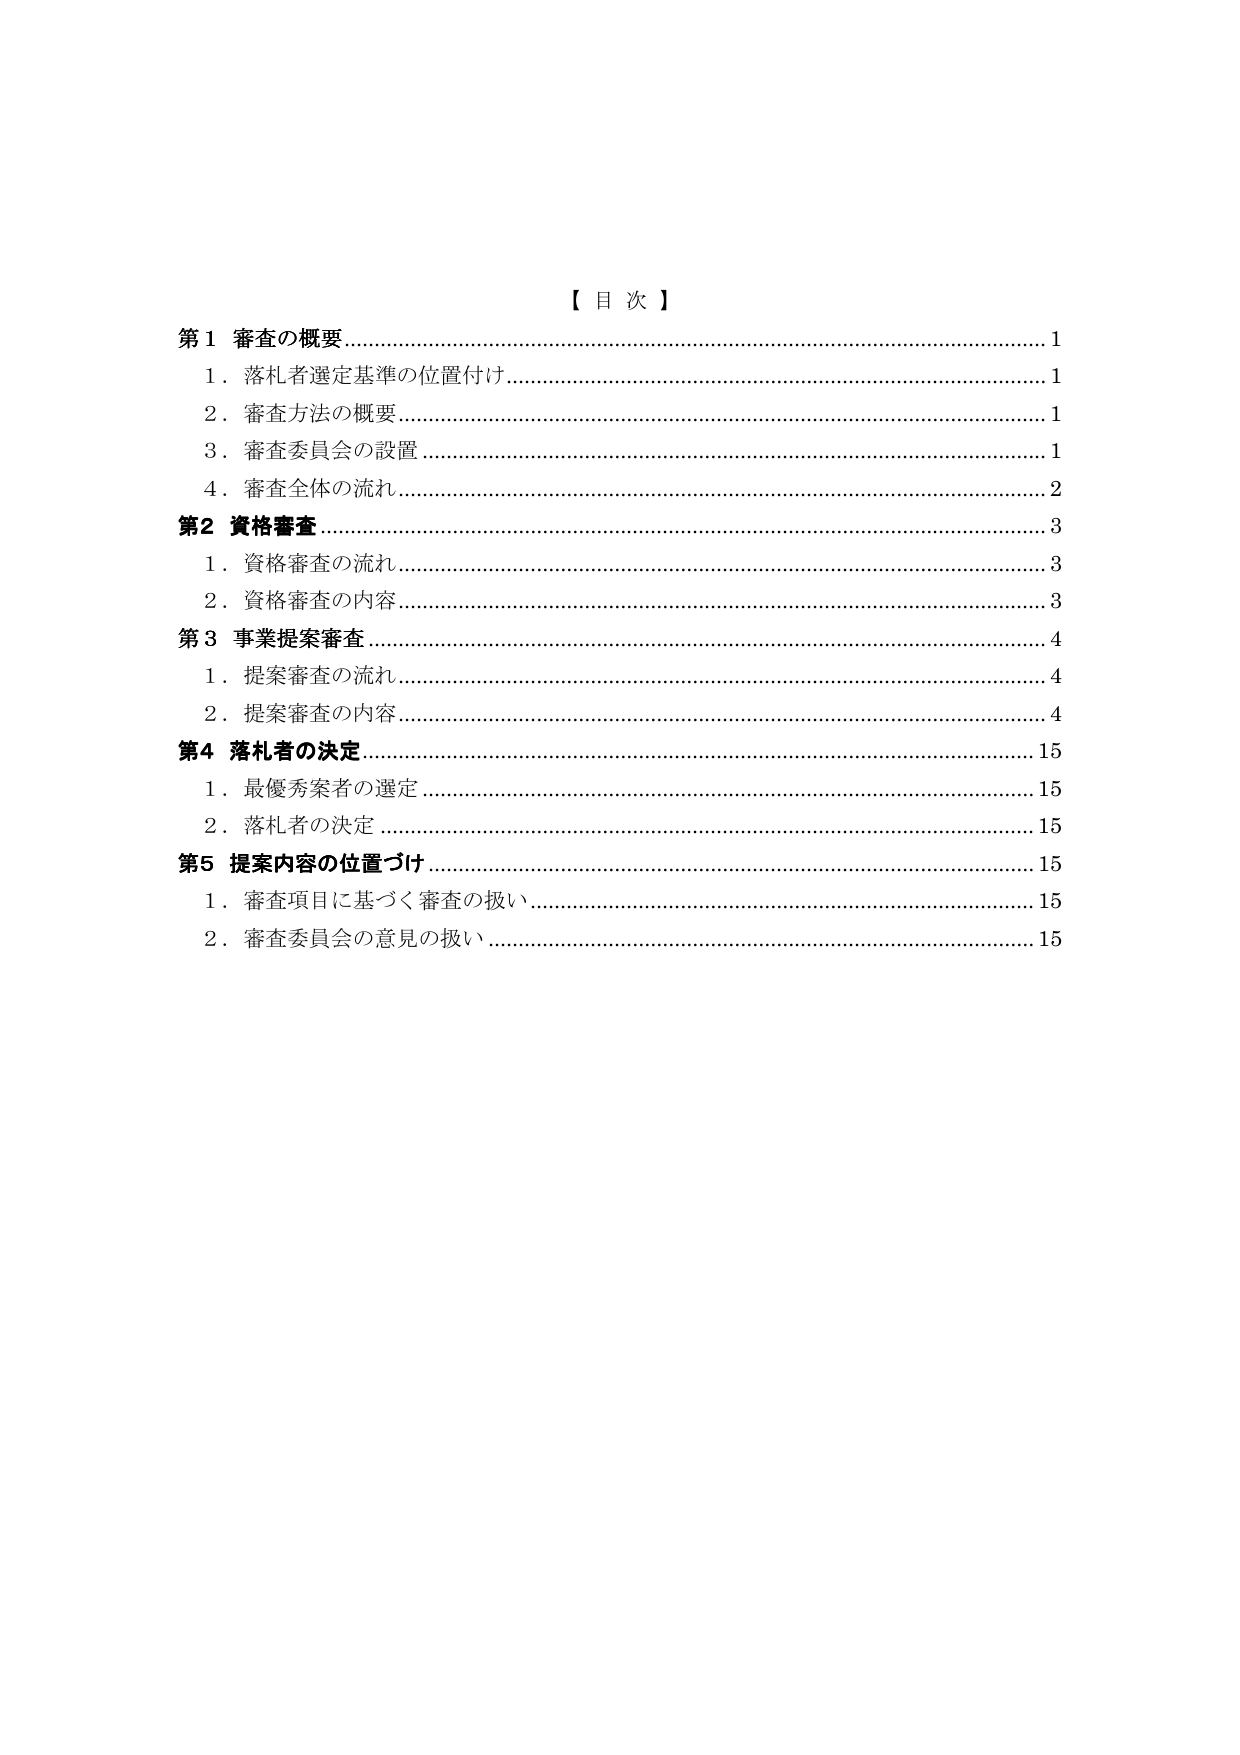
【目次】

第1 審査の概要………………………………………………………………………1
　1．落札者選定基準の位置付け……………………………………………………1
　2．審査方法の概要………………………………………………………………1
　3．審査委員会の設置……………………………………………………………1
　4．審査全体の流れ………………………………………………………………2

第2 資格審査…………………………………………………………………………3
　1．資格審査の流れ………………………………………………………………3
　2．資格審査の内容………………………………………………………………3

第3 事業提案審査……………………………………………………………………4
　1．提案審査の流れ………………………………………………………………4
　2．提案審査の内容………………………………………………………………4

第4 落札者の決定……………………………………………………………………15
　1．最優秀案者の選定……………………………………………………………15
　2．落札者の決定…………………………………………………………………15

第5 提案内容の位置づけ……………………………………………………………15
　1．審査項目に基づく審査の扱い………………………………………………15
　2．審査委員会の意見の扱い……………………………………………………15